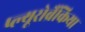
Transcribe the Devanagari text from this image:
प्ल्यूरोब्रैंकिया